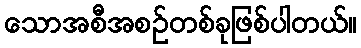
သောအစီအစဉ်တစ်ခုဖြစ်ပါတယ်။